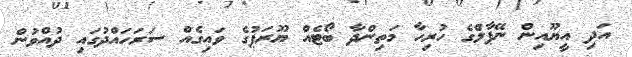
އަދި އީޔޫއިން ނޭޕާލްގެ ހުރިހާ މަތިންދާ ބޯޓެއް ޔޫރަޕުގެ ވައިގެއް ސަރަހައްދުގައި ދުއްވުން